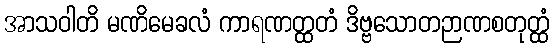
အာသဝါတိ မဏိမေခလံ ကာရဏတ္ထတံ ဒိဗ္ဗသောတဉာဏစတုတ္ထံ